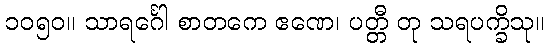
၁၀၅၀။ သာရင်္ဂေါ စာတကေ ဧဏေ၊ ပတ္တီ တု သရပက္ခိသု။